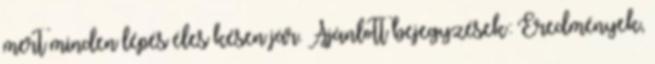
mert minden lépés éles késen jár. Ajánlott bejegyzések: Eredmények,